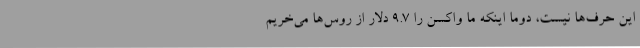
این حرف‌ها نیست، دوما اینکه ما واکسن را ۹.۷ دلار از روس‌ها می‌خریم